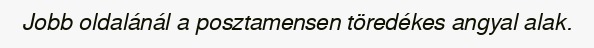
Jobb oldalánál a posztamensen töredékes angyal alak.